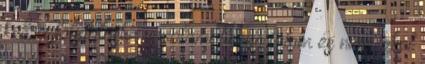
kell a folytatásba is valami bonyodalom és nem lehet